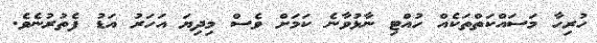
ހުރިހާ މަސައްކަތްތަކެއް ހުއްޓި ނާޅުވާނެ ކަމަށް ވެސް މިދިޔަ އަހަރު އަޑު ފެތުރުނެވެ.